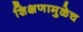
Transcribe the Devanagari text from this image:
शिक्षणामुळेच